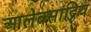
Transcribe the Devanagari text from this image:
आलेक्सांद्रिय